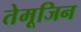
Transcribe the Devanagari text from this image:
तेमूजिन